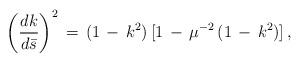
LaTeX: \begin{align*}\left ( \frac{dk}{d\bar s}\right )^2\,=\,(1\,-\,k^2)\,[1\,-\,\mu ^{-2}\,(1\,-\,k^2)]\,{,}\end{align*}